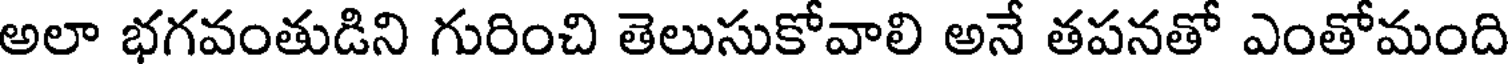
అలా భగవంతుడిని గురించి తెలుసుకోవాలి అనే తపనతో ఎంతోమంది